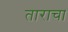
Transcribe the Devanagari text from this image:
ताराचा